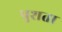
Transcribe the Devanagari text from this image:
पुशता